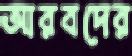
আরবদের